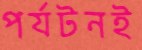
পর্যটনই